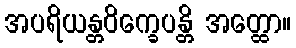
အပရိယန္တဝိက္ခေပန္တိ အတ္ထော။